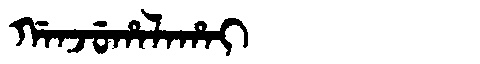
Manchu: ᡤᠠᠨᠵᡠᡥᠠᠯᠠᡥᠠᡳ
Romanization: GANJUHALAHAI